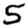
Digit: 5